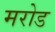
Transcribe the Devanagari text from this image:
मरोड